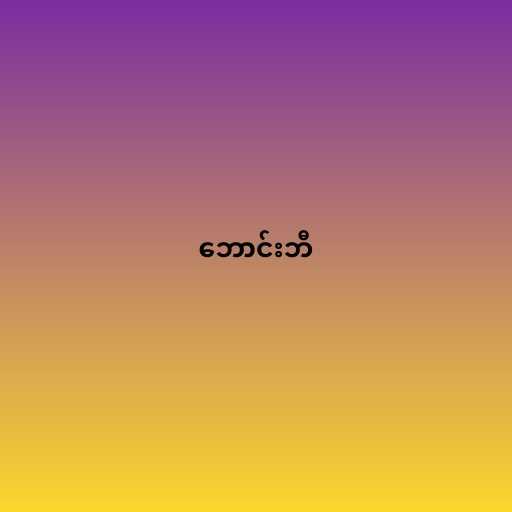
ဘောင်းဘီ